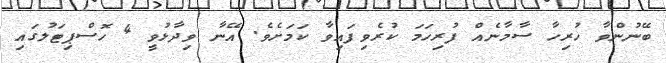
ބޭނުންވާ ހުރިހާ ސާމާނެއް ފުރިހަމަ ކުރެވިފައިވާ ކަމަށެވެ. އޭނާ ވިދާޅުވީ 4 ހޮސްޕިޓަލުގައި